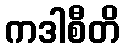
ကဒါစီတိ